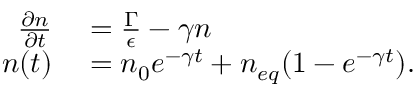
\begin{array} { r l } { \frac { \partial n } { \partial t } } & { { } = \frac { \Gamma } { \epsilon } - \gamma n } \\ { n ( t ) } & { { } = n _ { 0 } e ^ { - \gamma t } + n _ { e q } ( 1 - e ^ { - \gamma t } ) . } \end{array}